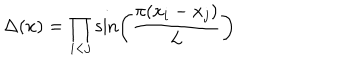
\Delta ( x ) = \prod _ { i < j } \sin \left( { \frac { \pi ( x _ { i } - x _ { j } ) } { L } } \right)